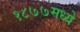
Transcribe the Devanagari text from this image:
१८७७मध्ये